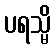
ပရသ္မိ